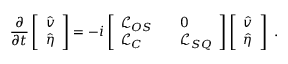
\frac { \partial } { \partial t } \left[ \begin{array} { l } { \hat { v } } \\ { \hat { \eta } } \end{array} \right] = - i \left[ \begin{array} { l l l } { \mathcal { L } _ { O S } } & { } & { 0 } \\ { \mathcal { L } _ { C } } & { } & { \mathcal { L } _ { S Q } } \end{array} \right] \left[ \begin{array} { l } { \hat { v } } \\ { \hat { \eta } } \end{array} \right] \mathrm { ~ . ~ }